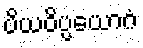
ပိယဝိပ္ပယောဂံ